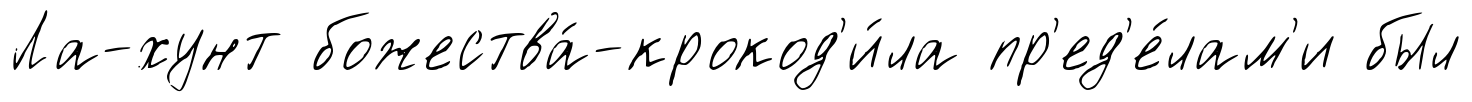
Ла-хунт божества́-крокод'и́ла пр'ед'е́лам'и был